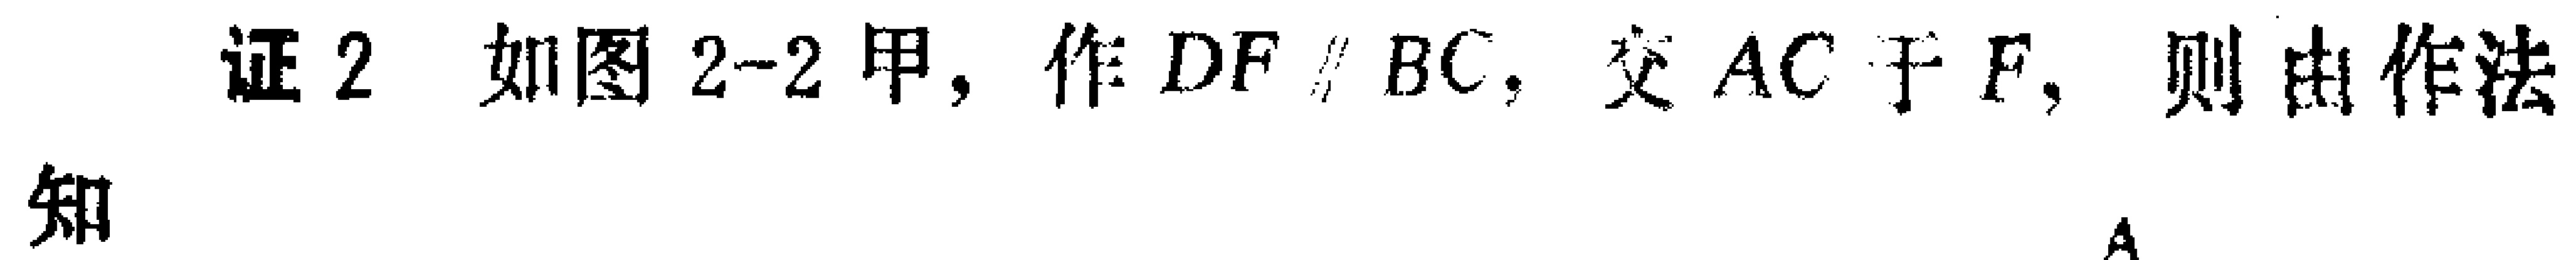
证2 如图2-2甲，作\(DF \parallel BC\)，交\(AC\)于\(F\)，则由作法

知

A